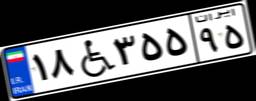
۵۶W۱۴۰۹۱